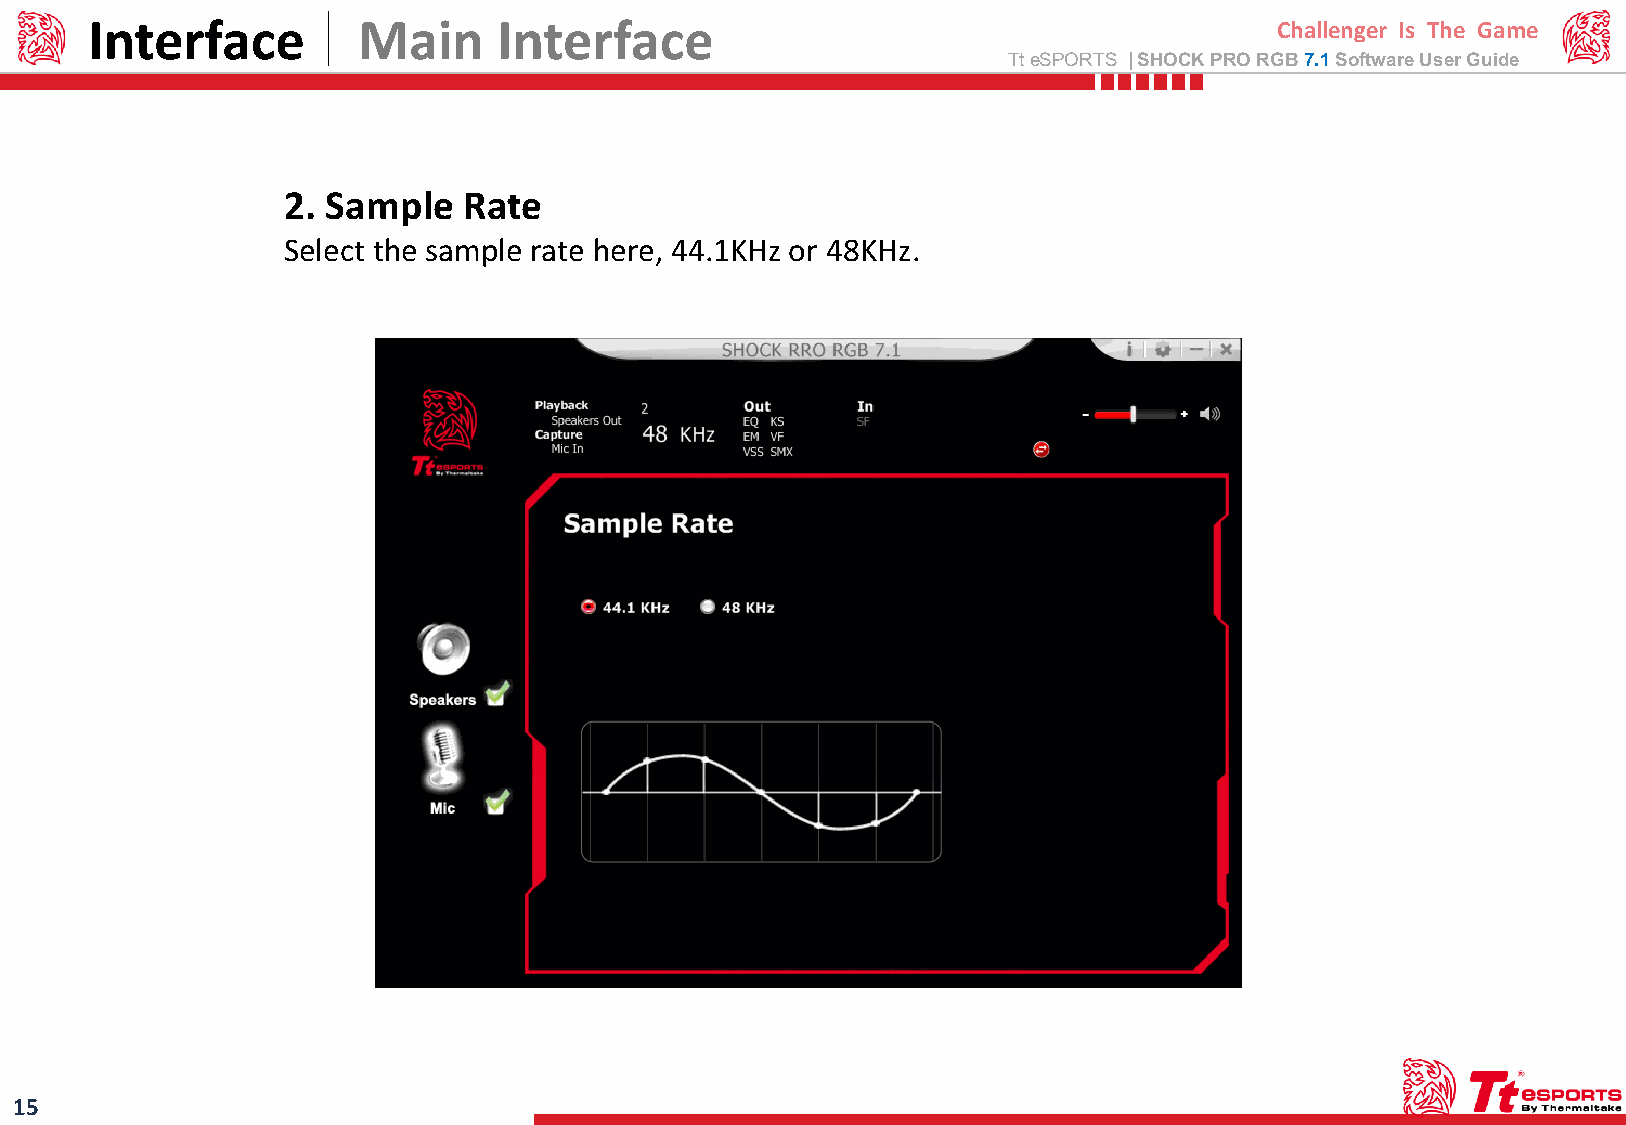
Interface         Main     Interface                                           Challenger Is The Game
 TteSPORTS | SHOCK PRO RGB7.1 Software User Guide
 2. Sample   Rate
 Select the sample rate here, 44.1KHz or 48KHz.
 15